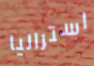
استراليا